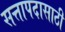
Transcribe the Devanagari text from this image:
सत्तापदासाठी